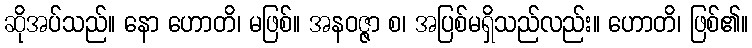
ဆိုအပ်သည်။ နော ဟောတိ၊ မဖြစ်။ အနဝဇ္ဇာ စ၊ အပြစ်မရှိသည်လည်း။ ဟောတိ၊ ဖြစ်၏။